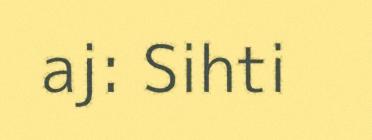
aj: Sihti